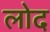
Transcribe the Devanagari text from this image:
लोद